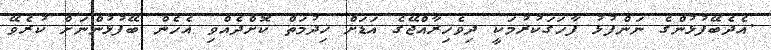
.އެދެބޭފުޅުންގެ ނަންފުޅު ފާހަގަކުރުމަކީ ދިވެހިރާއްޖޭގެ އަޑަށް ޚިދުމަތް ކޮށްދެއްވި އެހެން ބޭފުޅުންނަށް ކުރެވޭ